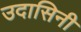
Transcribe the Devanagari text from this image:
उदासिनी